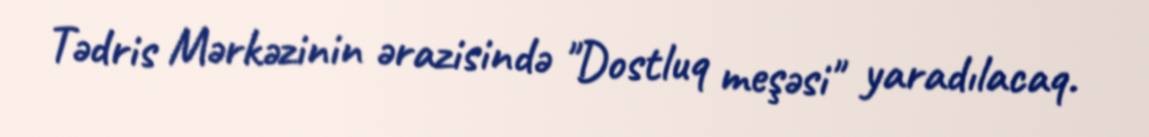
Tədris Mərkəzinin ərazisində "Dostluq meşəsi" yaradılacaq.